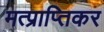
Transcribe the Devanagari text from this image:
मत्प्राप्तिकर